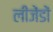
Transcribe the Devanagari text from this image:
लीजेंडों